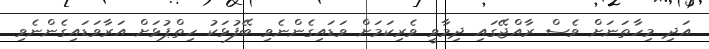
އަދި މިހާތަނަށް ވެސް ރާއްޖޭގައި ދިމާވީ ވެރިކަމަށް ވަޑައިގެންނެވި ބޭފުޅަކު ހިތްޕުޅަށް އަރާވަޑައިގެންނެވި